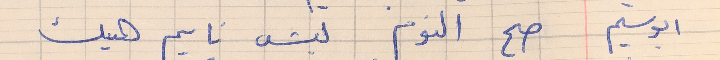
ابو سليم     صح النوم ليش نايم هيك